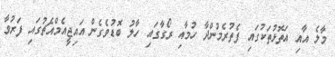
މާލެ އާއި އަތޮޅުތަކުގައި ފެތުރެމުންދާ ހުމާއި ރޯގާގައި ހާލު ބޮޑުވެގެން އައިޖީއެމްއެޗުގައި ފަރުވާ